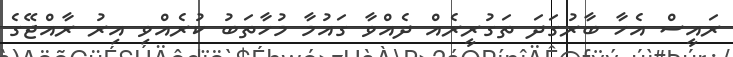
ރައީސް އެހާ ބާރުގަދަ ތަގުރީރެއް ދެއްވާ ގައުމާ މުހާތަބު ކުރެއްވި އިރު ރާއްޖޭގެ